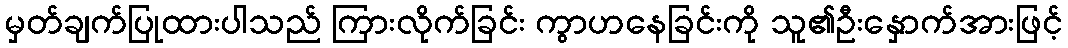
မှတ်ချက်ပြုထားပါသည် ကြားလိုက်ခြင်း ကွာဟနေခြင်းကို သူ၏ဦးနှောက်အားဖြင့်